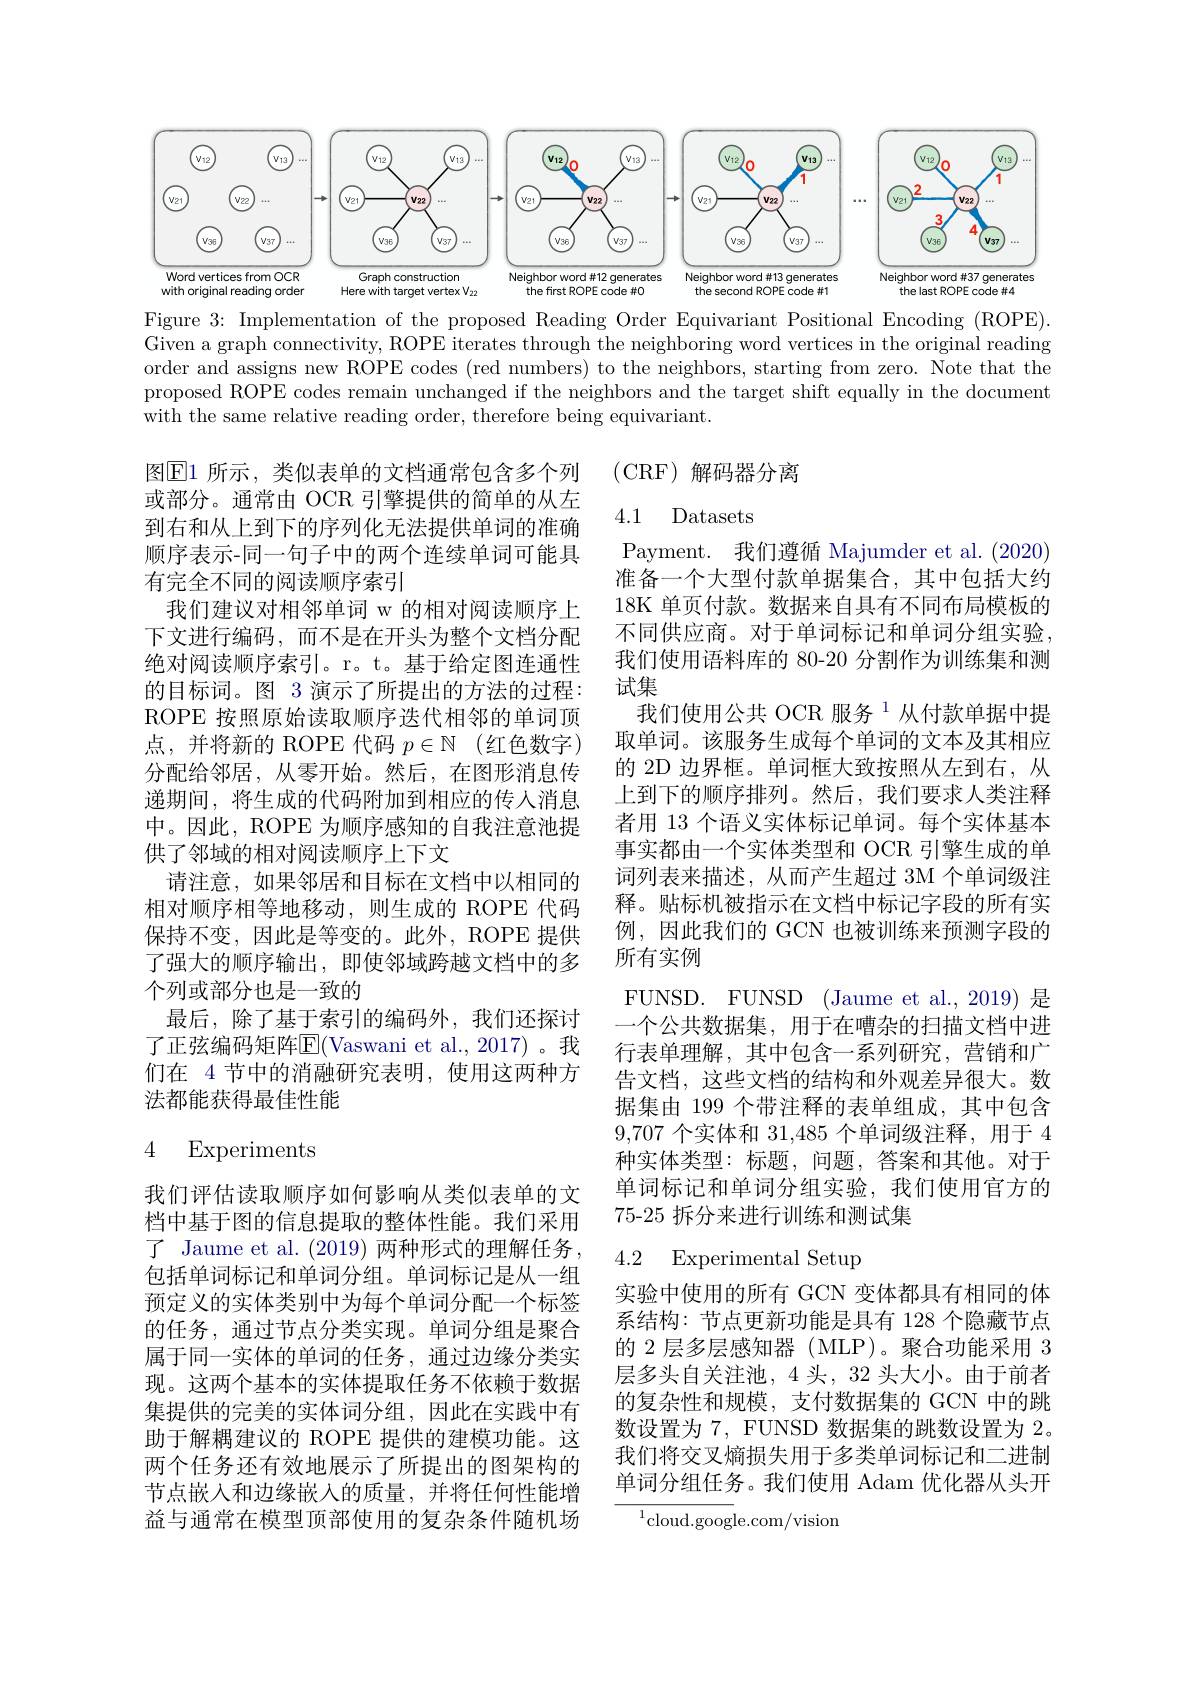
<FigureHere>
Figure 3: Implementation of the proposed Reading Order Equivariant Positional Encoding (ROPE).

Given a graph connectivity, ROPE iterates through the neighboring word vertices in the original reading order and assigns new ROPE codes (red numbers) to the neighbors, starting from zero. Note that the proposed ROPE codes remain unchanged if the neighbors and the target shift equally in the document with the same relative reading order, therefore being equivariant.

(CRF)解码器分离

图$\boxed{\mathrm{E}}1$ 所示，类似表单的文档通常包含多个列或部分。通常由 OCR 引擎提供的简单的从左到右和从上到下的序列化无法提供单词的准确顺序表示-同一句子中的两个连续单词可能具有完全不同的阅读顺序索引
我们建议对相邻单词 w 的相对阅读顺序上下文进行编码，而不是在开头为整个文档分配绝对阅读顺序索引。r。t。基于给定图连通性的目标词。图 3 演示了所提出的方法的过程： ROPE 按照原始读取顺序迭代相邻的单词顶点，并将新的 ROPE 代码$p\in\mathbb{N}$ (红色数字) 分配给邻居，从零开始。然后，在图形消息传递期间，将生成的代码附加到相应的传人消息中。因此，ROPE 为顺序感知的自我注意池提供了邻域的相对阅读顺序上下文
请注意，如果邻居和目标在文档中以相同的相对顺序相等地移动，则生成的 ROPE 代码保持不变，因此是等变的。此外，ROPE 提供了强大的顺序输出，即使邻域跨越文档中的多个列或部分也是一致的
最后，除了基于索引的编码外，我们还探讨了正弦编码矩阵$\overline{\mathrm{E}}($Vaswani et al.,2017)。我们在 4 节中的消融研究表明，使用这两种方法都能获得最佳性能

4.1 Datasets
Payment. 我们遵循 Majumder et al. (2020) 准备一个大型付款单据集合，其中包括大约18K 单页付款。数据来自具有不同布局模板的不同供应商。对于单词标记和单词分组实验， 我们使用语料库的 80-20 分割作为训练集和测试集
我们使用公共 OCR 服务 $^{1}$从付款单据中提取单词。该服务生成每个单词的文本及其相应的 2D 边界框。单词框大致按照从左到右，从上到下的顺序排列。然后，我们要求人类注释者用 13 个语义实体标记单词。每个实体基本事实都由一个实体类型和 OCR 引擎生成的单词列表来描述，从而产生超过 3M 个单词级注释。贴标机被指示在文档中标记字段的所有实例，因此我们的 GCN 也被训练来预测字段的所有实例
FUNSD. FUNSD (Jaume et al., 2019) 是一个公共数据集，用于在嘈杂的扫描文档中进行表单理解，其中包含一系列研究，营销和广告文档，这些文档的结构和外观差异很大。数据集由 199 个带注释的表单组成，其中包含9,707个实体和 31,485 个单词级注释，用于 4种实体类型：标题，问题，答案和其他。对于单词标记和单词分组实验，我们使用官方的75-25 拆分来进行训练和测试集
4.2 Experimental Setup

## 4 Experiments

我们评估读取顺序如何影响从类似表单的文档中基于图的信息提取的整体性能。我们采用了 Jaume et al. (2019) 两种形式的理解任务， 包括单词标记和单词分组。单词标记是从一组预定义的实体类别中为每个单词分配一个标签的任务，通过节点分类实现。单词分组是聚合属于同一实体的单词的任务，通过边缘分类实现。这两个基本的实体提取任务不依赖于数据集提供的完美的实体词分组，因此在实践中有助于解耦建议的 ROPE 提供的建模功能。这两个任务还有效地展示了所提出的图架构的节点嵌入和边缘嵌入的质量，并将任何性能增益与通常在模型顶部使用的复杂条件随机场

实验中使用的所有 GCN 变体都具有相同的体系结构：节点更新功能是具有 128 个隐藏节点的 2 层多层感知器 ( MLP)。聚合功能采用 3层多头自关注池，4头，32 头大小。由于前者的复杂性和规模，支付数据集的 GCN 中的跳数设置为 7, FUNSD 数据集的跳数设置为 2。我们将交叉熵损失用于多类单词标记和二进制单词分组任务。我们使用 Adam 优化器从头开

${^{1}\mathrm{cloud.goog}}$le.com/vision